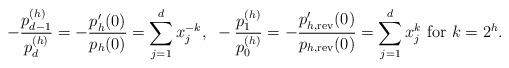
LaTeX: \begin{align*}-\frac{p_{d-1}^{(h)}}{p_{d}^{(h)}}=-\frac{p'_h(0)}{p_h(0)}=\sum_{j=1}^dx_j^{-k},~-\frac{p_{1}^{(h)}}{p_{0}^{(h)}}=-\frac{p'_{h,{\rm rev}}(0)}{p_{h,{\rm rev}}(0)}=\sum_{j=1}^dx_j^{k}~{\rm for}~k=2^h.\end{align*}